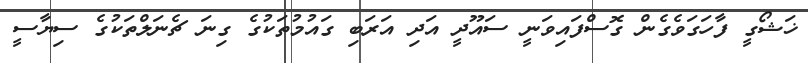
ޚަޝޯގީ ފާހަގަވެގެން ގޮސްފައިވަނީ ސައޫދީ އަދި އަރަބި ގައުމުތަކުގެ ގިނަ ޗެނަލްތަކުގެ ސިޔާސީ